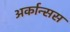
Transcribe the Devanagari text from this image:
अर्कान्सस